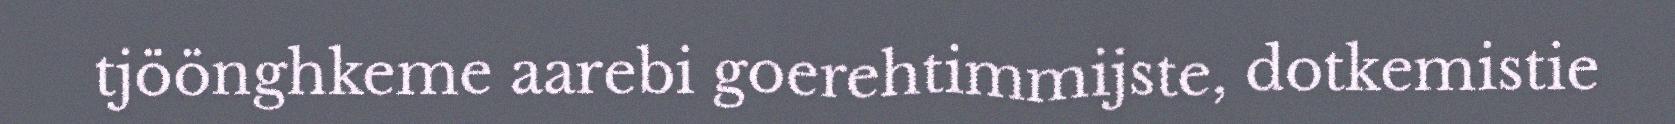
tjöönghkeme aarebi goerehtimmijste, dotkemistie